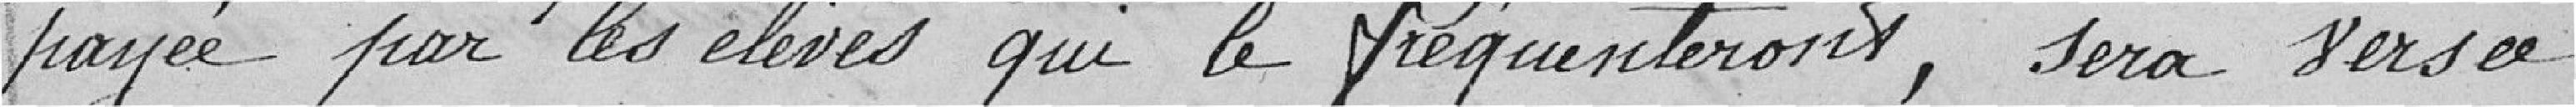
payé par les élèves qui le fréquenteront, sera versée